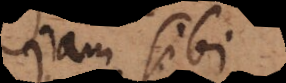
jam sibi